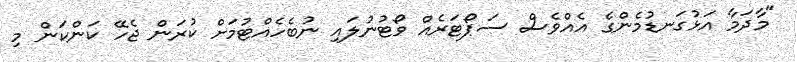
"މާދަމާ އަޅުގަނޑުމެންގެ އެއްވެސް ސަޕޯޓަރެއް ވޯޓުނުލައި ނުބެހެއްޓުމަށް ކުރަން ޖެހޭ ކަންކަން މި